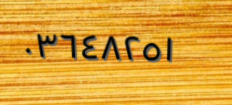
٠٣٦٤٨٢٥١